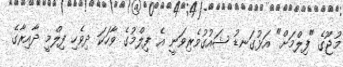
މުޖޫގެ "ފިލްމަށް" އަޅުގަނޑު ޝައުގުވެރިވަނީ އެ ފިލްމުގެ ވާހަކަ ދިވެހި ފިލްމީ ދާއިރާގެ